画像に写った文字を読んでください
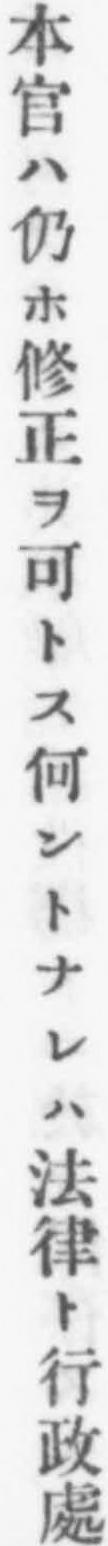
「本官ハ仍ホ修正ヲ可トス何ントナレハ法律ト行政處」と書いてあります